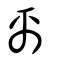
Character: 离